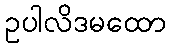
ဥပါလိဒမထော